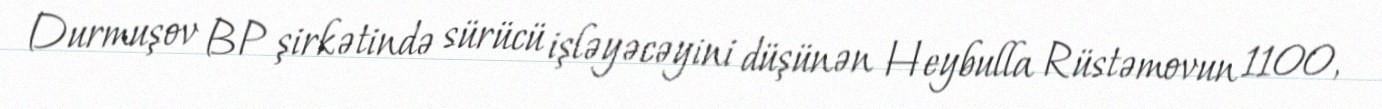
Durmuşov BP şirkətində sürücü işləyəcəyini düşünən Heybulla Rüstəmovun 1100,